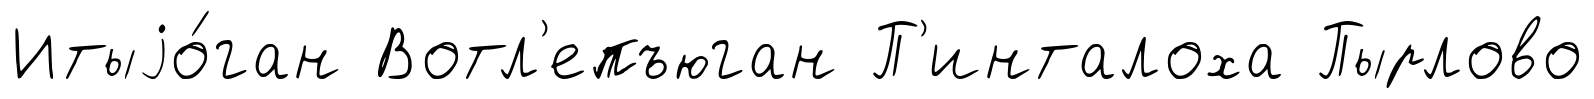
Итыjо́ган Вотл'епъюган П'инталоха Пырлово